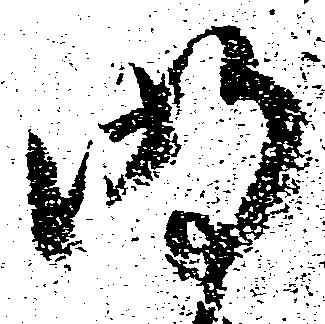
明